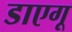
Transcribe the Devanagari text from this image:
डाएगू